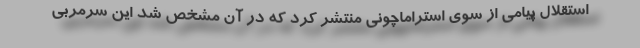
استقلال پیامی از سوی استراماچونی منتشر کرد که در آن مشخص شد این سرمربی